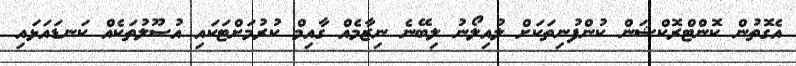
އެގޮތުން ކޮންޓްރޮކްޝަން ކުންފުނިތަކަށް ލުއިލޯނު ލިބޭނެ ނިޒާމެއް ގާއިމް ކުރުމަށްޓަކައި އުސޫލުތަކެއް ކަނޑައަޅައި